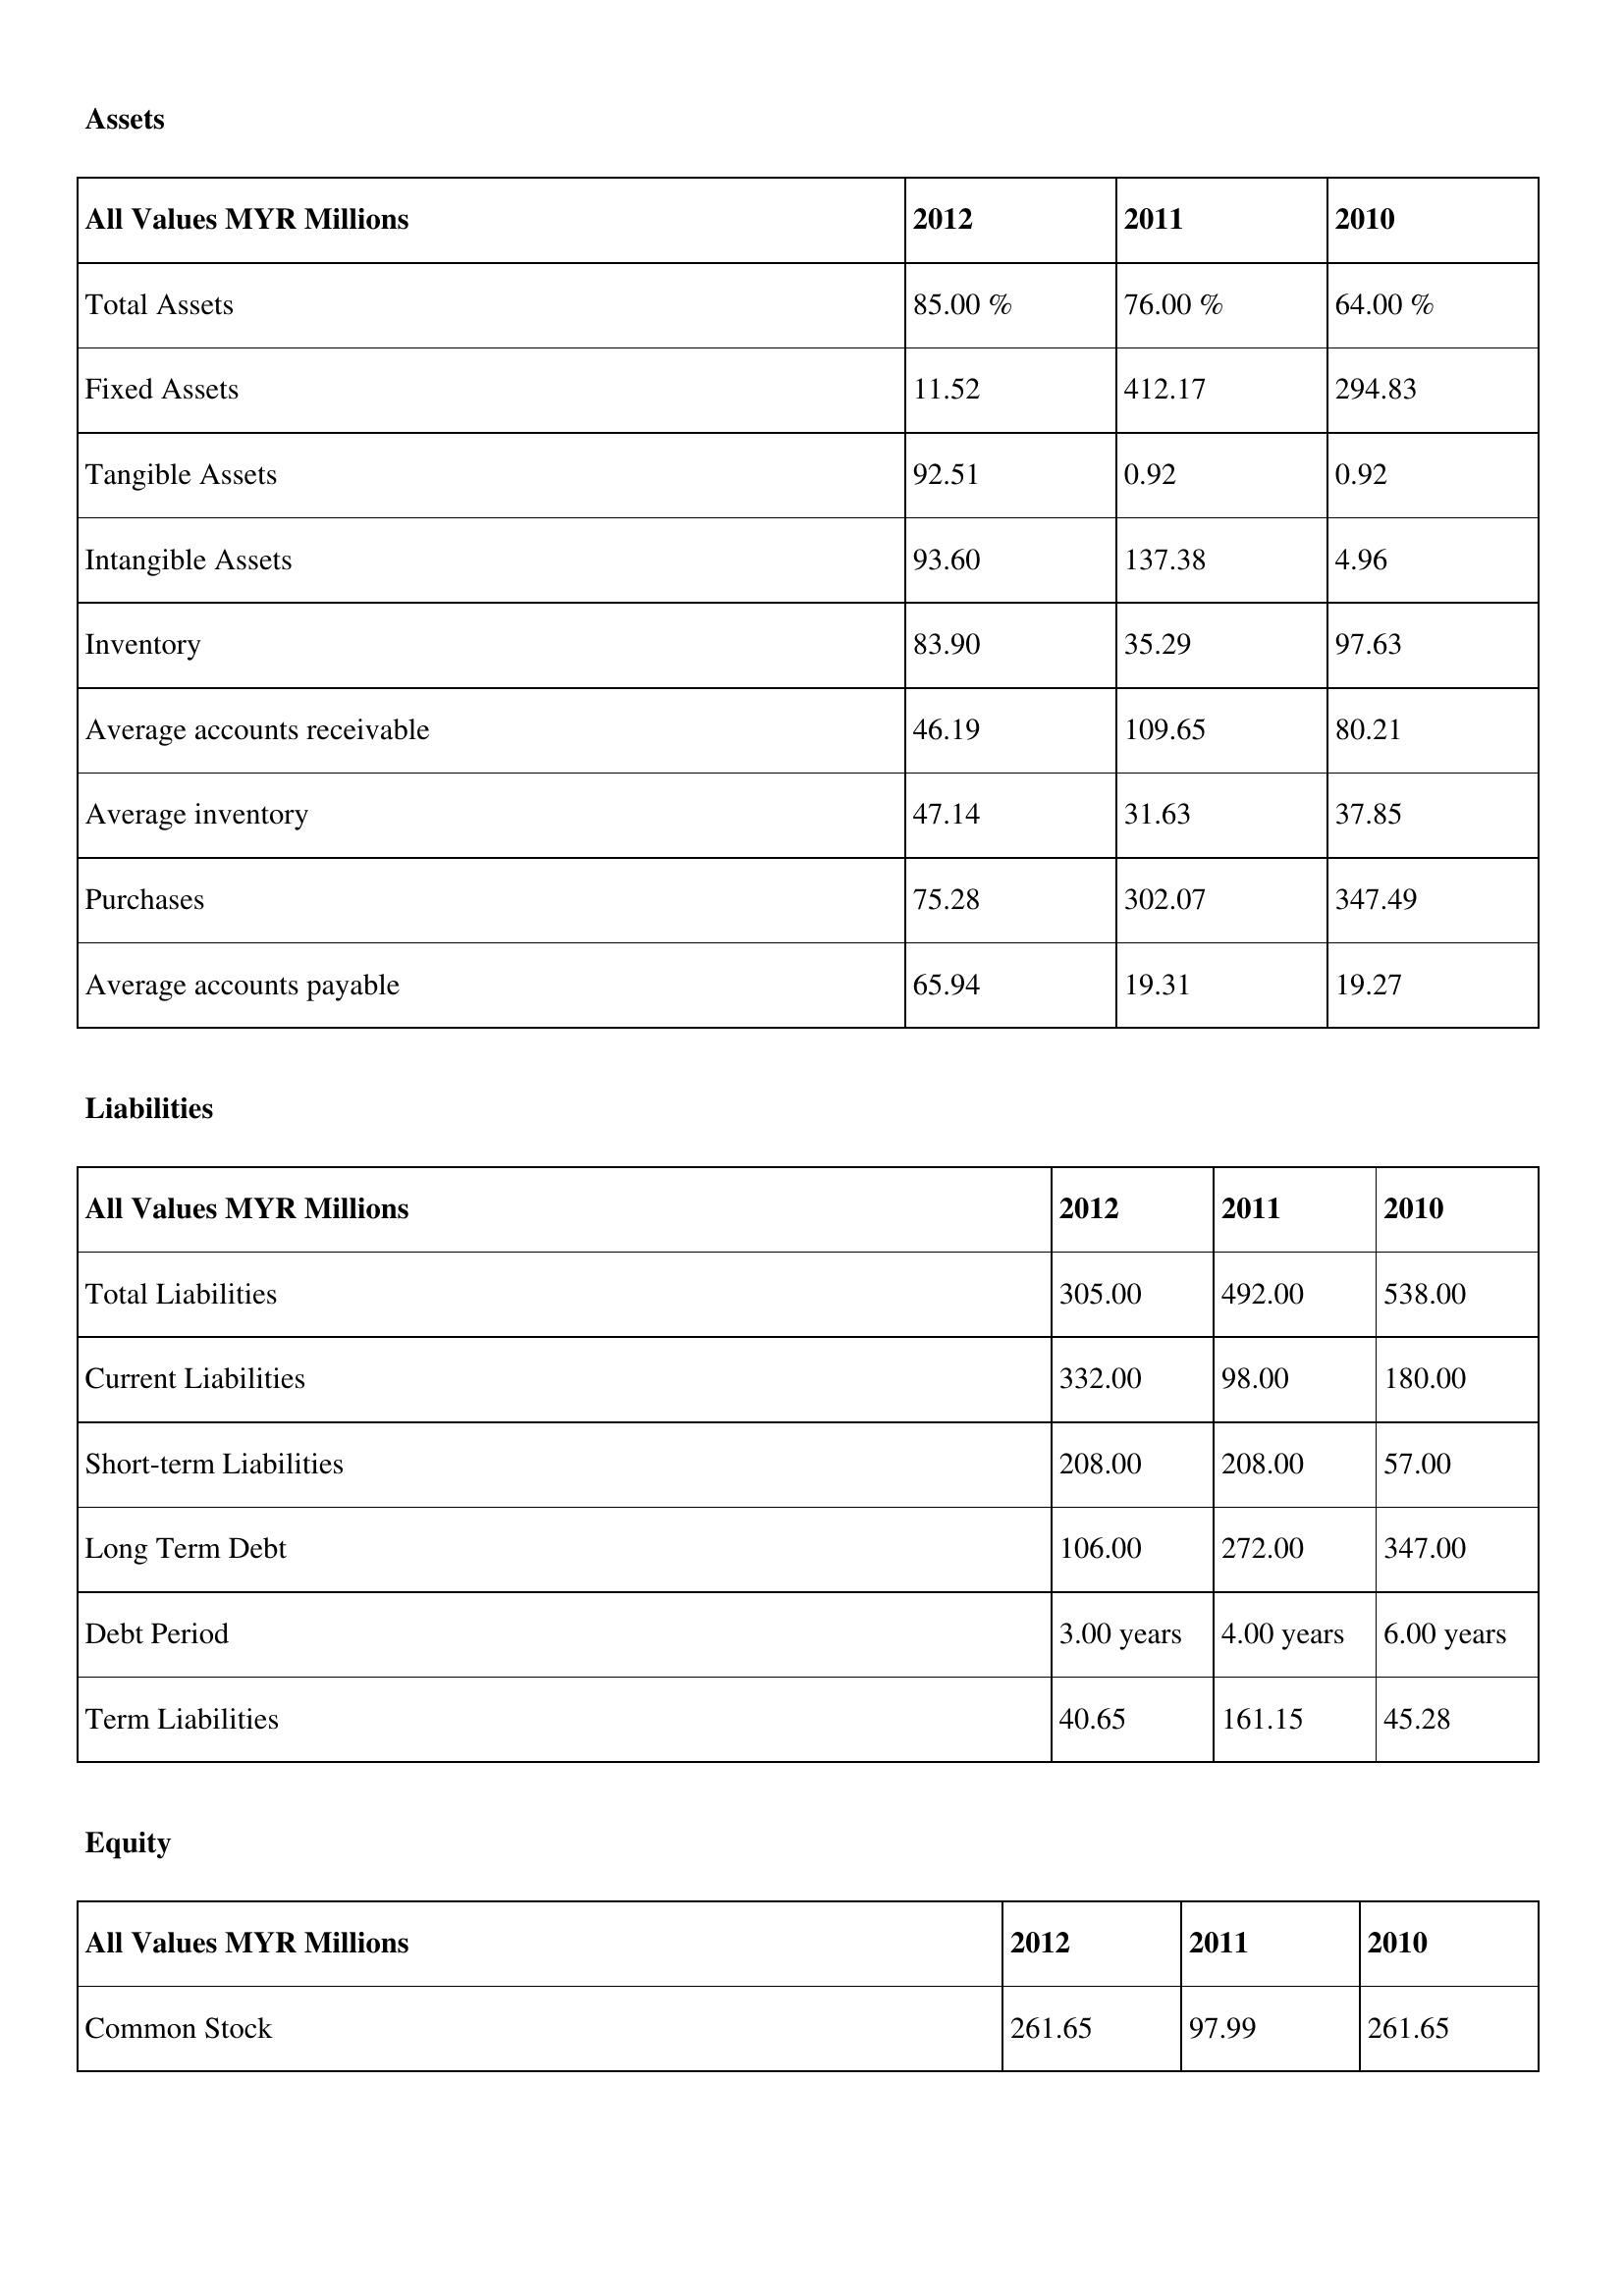
gt_parse: 2012: Assets: Total Assets: 85.00 %
Fixed Assets: 11.52
Tangible Assets: 92.51
Intangible Assets: 93.60
Inventory: 83.90
Average accounts receivable: 46.19
Average inventory: 47.14
Purchases: 75.28
Average accounts payable: 65.94
Liabilities: Total Liabilities: 305.00
Current Liabilities: 332.00
Short-term Liabilities: 208.00
Long Term Debt: 106.00
Debt Period: 3.00 years
Term Liabilities: 40.65
Equity: Common Stock: 261.65
2011: Assets: Total Assets: 76.00 %
Fixed Assets: 412.17
Tangible Assets: 0.92
Intangible Assets: 137.38
Inventory: 35.29
Average accounts receivable: 109.65
Average inventory: 31.63
Purchases: 302.07
Average accounts payable: 19.31
Liabilities: Total Liabilities: 492.00
Current Liabilities: 98.00
Short-term Liabilities: 208.00
Long Term Debt: 272.00
Debt Period: 4.00 years
Term Liabilities: 161.15
Equity: Common Stock: 97.99
2010: Assets: Total Assets: 64.00 %
Fixed Assets: 294.83
Tangible Assets: 0.92
Intangible Assets: 4.96
Inventory: 97.63
Average accounts receivable: 80.21
Average inventory: 37.85
Purchases: 347.49
Average accounts payable: 19.27
Liabilities: Total Liabilities: 538.00
Current Liabilities: 180.00
Short-term Liabilities: 57.00
Long Term Debt: 347.00
Debt Period: 6.00 years
Term Liabilities: 45.28
Equity: Common Stock: 261.65